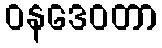
ဝနဒေဝတာ